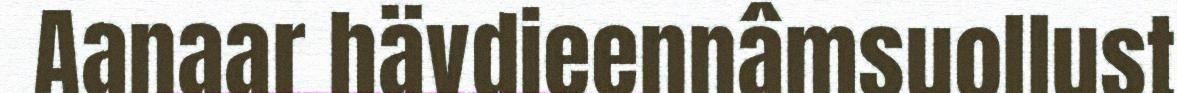
Aanaar hävdieennâmsuollust